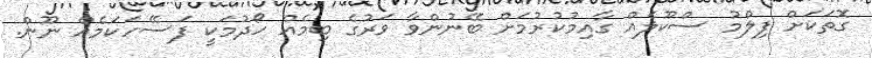
ގޮތަކަށް ފިލްމު ސްކޫލެއް ގާއިމުކުރުމަށް ބޭނުންވާ ވަރުގެ ބިމެއް ހޯދުމަކީ ފަސޭހަކަމެއް ނޫން.